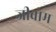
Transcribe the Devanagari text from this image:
जीवोम